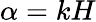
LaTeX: \alpha=kH